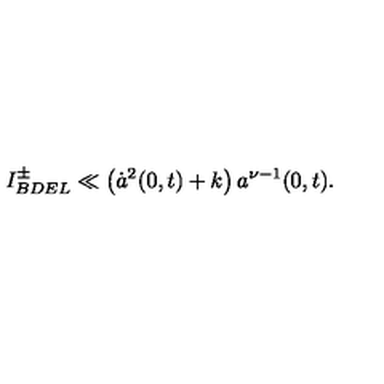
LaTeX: I _ { B D E L } ^ { \pm } \ll \left( \dot { a } ^ { 2 } ( 0 , t ) + k \right) a ^ { \nu - 1 } ( 0 , t ) .